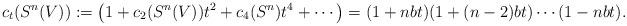
LaTeX: \begin{gather*}c_t(S^n(V)) := \big(1+c_2(S^n(V))t^2 + c_4(S^n)t^4 + \cdots\big) = (1+nbt)(1+(n-2)bt)\cdots(1-nbt).\end{gather*}